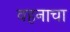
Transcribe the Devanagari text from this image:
वहनाचा